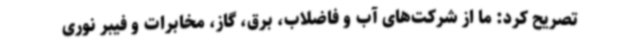
تصریح کرد: ما از شرکت‌های آب و فاضلاب، برق، گاز، مخابرات و فیبر نوری